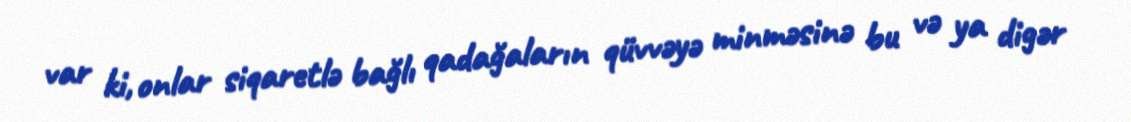
var ki, onlar siqaretlə bağlı qadağaların qüvvəyə minməsinə bu və ya digər